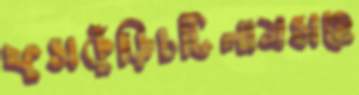
ফুসকুঁড়িচটিলামসহে